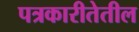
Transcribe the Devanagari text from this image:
पत्रकारीतेतील